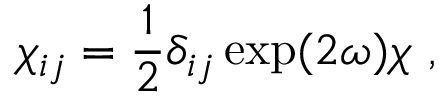
\chi _ { i j } = { \frac { 1 } { 2 } } \delta _ { i j } \exp ( 2 \omega ) \chi ~ ,